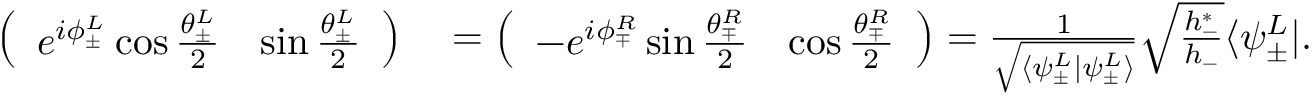
\begin{array} { r l } { \left( \begin{array} { l l } { e ^ { i \phi _ { \pm } ^ { L } } \cos \frac { \theta _ { \pm } ^ { L } } { 2 } } & { \sin \frac { \theta _ { \pm } ^ { L } } { 2 } } \end{array} \right) } & { { } = \left( \begin{array} { l l } { - e ^ { i \phi _ { \mp } ^ { R } } \sin \frac { \theta _ { \mp } ^ { R } } { 2 } } & { \cos \frac { \theta _ { \mp } ^ { R } } { 2 } } \end{array} \right) = \frac { 1 } { \sqrt { \langle \psi _ { \pm } ^ { L } | \psi _ { \pm } ^ { L } \rangle } } \sqrt { \frac { h _ { - } ^ { * } } { h _ { - } } } \langle \psi _ { \pm } ^ { L } | . } \end{array}